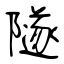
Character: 隧